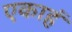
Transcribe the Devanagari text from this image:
एकाहं